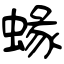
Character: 蝝